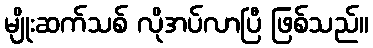
မျိုးဆက်သစ် လိုအပ်လာပြီ ဖြစ်သည်။